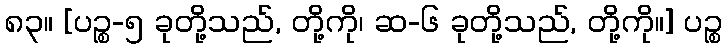
၈၃။ [ပဉ္စ-၅ ခုတို့သည်, တို့ကို၊ ဆ-၆ ခုတို့သည်, တို့ကို။] ပဉ္စ